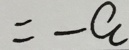
= - a